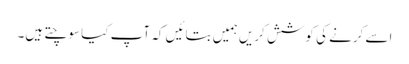
اسے کرنے کی کوشش کریں ہمیں بتائیں کہ آپ کیا سوچتے ہیں۔